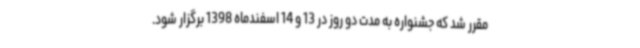
مقرر شد که جشنواره به مدت دو روز در 13 و 14 اسفندماه 1398 برگزار شود.